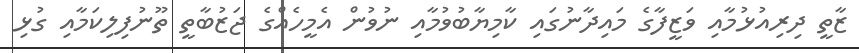
ޒާތީ ދިރިއުޅުމާއި ވަޒީފާގެ މައިދާނުގައި ކާމިޔާބުވުމާއި ނުވުން އެމީހެއްގެ ޖަޒުބާތީ ތޫނުފިލިކަމާއި ގުޅި